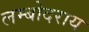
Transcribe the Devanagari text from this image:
लम्बोदराय